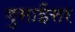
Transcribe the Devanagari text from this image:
गुसाईंसर